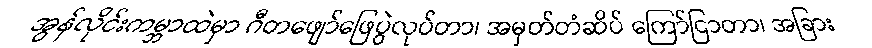
အွန်လိုင်းကမ္ဘာထဲမှာ ဂီတဖျော်ဖြေပွဲလုပ်တာ၊ အမှတ်တံဆိပ် ကြော်ငြာတာ၊ အခြား